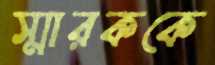
স্মারককে